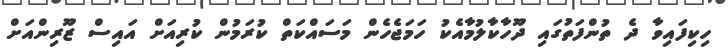
ހިކިފައިވާ ދެ ތުންފަތުގައި ދޫހާކާލުމާއެކު ހަމަޖެހެން މަސައްކަތް ކުރަމުން ކުރިއަށް އައިސް ޒޫރިންއަށް